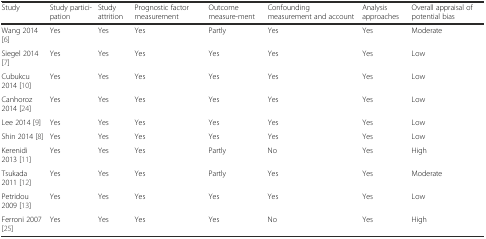
| Study | Study partici-pation | Study attrition | Prognostic factor measurement | Outcome measure-ment | Confounding measurement and account | Analysis approaches | Overall appraisal of potential bias |
 | --- | --- | --- | --- | --- | --- | --- | --- |
 | Wang 2014 [6] | Yes | Yes | Yes | Partly | Yes | Yes | Moderate |
 | Siegel 2014 [7] | Yes | Yes | Yes | Yes | Yes | Yes | Low |
 | Cubukcu 2014 [10] | Yes | Yes | Yes | Yes | Yes | Yes | Low |
 | Canhoroz 2014 [24] | Yes | Yes | Yes | Yes | Yes | Yes | Low |
 | Lee 2014 [9] | Yes | Yes | Yes | Yes | Yes | Yes | Low |
 | Shin 2014 [8] | Yes | Yes | Yes | Yes | Yes | Yes | Low |
 | Kerenidi 2013 [11] | Yes | Yes | Yes | Partly | No | Yes | High |
 | Tsukada 2011 [12] | Yes | Yes | Yes | Partly | Yes | Yes | Moderate |
 | Petridou 2009 [13] | Yes | Yes | Yes | Yes | Yes | Yes | Low |
 | Ferroni 2007 [25] | Yes | Yes | Yes | Yes | No | Yes | High |